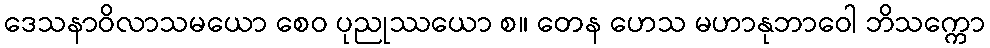
ဒေသနာဝိလာသမယော စေဝ ပုညုဿယော စ။ တေန ဟေသ မဟာနုဘာဝေါ ဘိသက္ကော